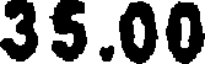
35.00